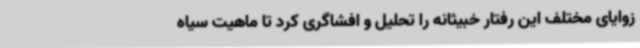
زوایای مختلف این رفتار خبیثانه را تحلیل و افشاگری کرد تا ماهیت سیاه